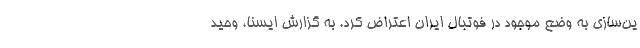
ین‌سازی به وضع موجود در فوتبال ایران اعتراض کرد. به گزارش ایسنا، وحید